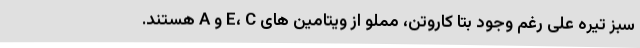
سبز تیره علی رغم وجود بتا کاروتن، مملو از ویتامین های E، C و A هستند.